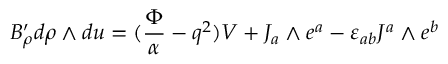
B _ { \rho } ^ { \prime } d \rho \wedge d u = ( { \frac { \Phi } { \alpha } } - q ^ { 2 } ) V + J _ { a } \wedge e ^ { a } - \varepsilon _ { a b } J ^ { a } \wedge e ^ { b }